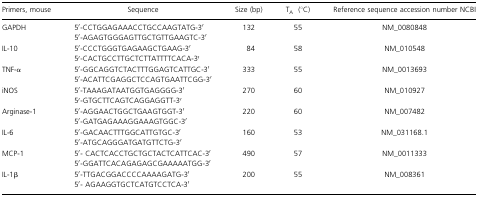
<table><thead><tr><td><b>Primers, mouse</b></td><td><b>Sequence</b></td><td><b>Size (bp)</b></td><td><b>T<sub>A</sub> (°C)</b></td><td><b>Reference sequence accession number NCBI</b></td></tr></thead><tbody><tr><td>GAPDH</td><td>5′‐CCTGGAGAAACCTGCCAAGTATG‐3′</td><td>132</td><td>55</td><td>NM_0080848</td></tr><tr><td></td><td>5′‐AGAGTGGGAGTTGCTGTTGAAGTC‐3′</td><td></td><td></td><td></td></tr><tr><td>IL‐10</td><td>5′‐CCCTGGGTGAGAAGCTGAAG‐3′</td><td>84</td><td>58</td><td>NM_010548</td></tr><tr><td></td><td>5′‐CACTGCCTTGCTCTTATTTTCACA‐3′</td><td></td><td></td><td></td></tr><tr><td>TNF‐α</td><td>5′‐GGCAGGTCTACTTTGGAGTCATTGC‐3′</td><td>333</td><td>55</td><td>NM_0013693</td></tr><tr><td></td><td>5′‐ACATTCGAGGCTCCAGTGAATTCGG‐3′</td><td></td><td></td><td></td></tr><tr><td>iNOS</td><td>5′‐TAAAGATAATGGTGAGGGG‐3′</td><td>270</td><td>60</td><td>NM_010927</td></tr><tr><td></td><td>5′‐GTGCTTCAGTCAGGAGGTT‐3′</td><td></td><td></td><td></td></tr><tr><td>Arginase‐1</td><td>5′‐AGGAACTGGCTGAAGTGGT‐3′</td><td>220</td><td>60</td><td>NM_007482</td></tr><tr><td></td><td>5′‐GATGAGAAAGGAAAGTGGC‐3′</td><td></td><td></td><td></td></tr><tr><td>IL‐6</td><td>5′‐GACAACTTTGGCATTGTGC‐3′</td><td>160</td><td>53</td><td>NM_031168.1</td></tr><tr><td></td><td>5′‐ATGCAGGGATGATGTTCTG‐3′</td><td></td><td></td><td></td></tr><tr><td>MCP‐1</td><td>5′‐ CACTCACCTGCTGCTACTCATTCAC‐3′</td><td>490</td><td>57</td><td>NM_0011333</td></tr><tr><td></td><td>5′‐GGATTCACAGAGAGCGAAAAATGG‐3′</td><td></td><td></td><td></td></tr><tr><td>IL‐1β</td><td>5′‐TTGACGGACCCCAAAAGATG‐3′</td><td>200</td><td>55</td><td>NM_008361</td></tr><tr><td></td><td>5′‐ AGAAGGTGCTCATGTCCTCA‐3′</td><td></td><td></td><td></td></tr></tbody></table>